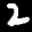
Label: 2